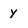
Character: Y